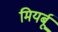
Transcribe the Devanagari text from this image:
मियर्बू